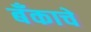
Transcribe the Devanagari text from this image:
बँकाचे